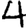
Digit: 4